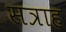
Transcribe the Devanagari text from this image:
सत्राह